Insane asylums Bombay 1873-77 - 1873-1877
Year: 1873
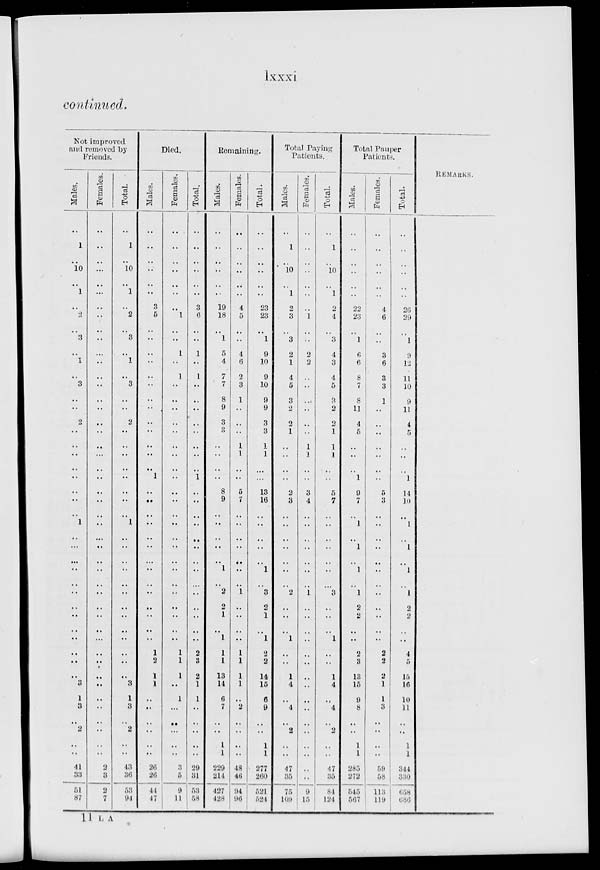
lxxxi
continued.
Not improved
and removed by
Friends.
Males.
..
1
..
10
..
1
..
2
..
3
..
1
..
3
..
..
2
..
..
..
..
..
..
..
..
1
..
..
..
..
..
..
..
..
..
..
..
..
..
3
1
3
.. 2
..
..
41
33
51
87
Females.
..
..
..
..
..
..
..
..
..
..
..
..
..
..
..
..
..
..
..
..
..
..
..
..
..
..
..
..
..
..
..
..
..
..
..
...
..
..
..
..
..
..
..
..
..
..
2
3
2
7
Total.
..
1
..
10
..
1
..
2
..
3
..
1
..
3
..
..
2
..
..
..
..
..
..
..
..
1
..
..
..
..
..
..
..
..
..
..
..
..
..
3
1
3
..
2
..
..
43
36
53
94
Died.
Males.
..
..
..
..
..
..
3
5
..
..
..
..
..
..
..
..
..
..
..
..
..
1
..
..
..
..
..
..
..
..
..
..
..
..
..
..
1
2
1
1
..
..
..
..
..
..
26
26
44
47
Females.
..
..
..
..
..
..
..
1
..
..
1
..
1
..
..
..
..
..
..
..
..
..
..
..
..
..
..
..
..
..
..
..
..
..
..
..
1
1
1
..
1
..
..
..
..
..
3
5
9
11
Total.
..
..
..
..
..
..
3
6
..
..
1
..
1
..
..
..
..
..
..
..
..
1
..
..
..
..
..
..
..
..
..
..
..
..
..
..
2
3
2
1
1
..
..
..
..
..
29
31
53
58
Remaining.
Males.
..
..
..
..
..
..
19
18
1
5
4
7
7
8
9
3
3
..
..
..
..
8
9
..
..
..
..
..
1
..
2
2
1
..
1
1
1
13
14
6
7
..
..
1
1
229
214
427
428
Females.
..
..
..
..
..
..
4
5
..
..
4
6
2
3
1
..
..
..
1
1
..
..
5
7
..
..
..
..
..
..
..
1
..
..
..
..
1
1
1
1
..
2
..
..
..
..
48
46
94
96
Total.
..
..
..
..
..
..
23
23
..
1
9
10
9
10
9
9
3
3
1
1
..
..
13
16
..
..
..
..
..
1
..
3
2
1
..
1
2
2
14
15
6
9
..
..
1
1
277
260
521
524
Total Paying
Patients.
Males.
..
1
..
10
..
1
2
3
..
3
2
1
4
5
3
2
2
1
..
..
..
..
2
3
..
..
..
..
..
..
..
2
..
..
..
1
..
..
1
4
..
4
..
2
..
..
47
35
75
109
Females.
..
..
..
..
..
..
..
1
..
..
2
2
..
..
..
..
..
..
1
1
..
..
3
4
..
..
..
..
..
..
..
1
..
..
..
..
..
..
..
..
..
..
..
..
..
..
..
..
9
15
Total.
..
1
..
10
..
1
2
4
..
3
4
3
4
5
3
2
2
1
1
1
..
..
5
7
..
..
..
..
..
..
..
3
..
..
..
1
..
..
1
4
..
4
.. 2
..
..
47
35
84
124
Total Pauper
Patients.
Males.
..
..
..
..
..
..
22
23
..
1
6
6
8
7
8
11
4
5
..
..
..
1
9
7
..
1
..
1
..
1
..
1
2
2
..
..
2
3
13
15
9
8
..
..
1
1
285
272
545
567
Females.
..
..
..
..
..
..
4
6
..
..
3
6
3
3
1
..
..
..
..
..
..
..
5
3
..
..
..
..
..
..
..
..
..
..
..
..
2
2
2
1
1
3
..
..
..
..
59
58
113
119
Total.
..
..
..
..
..
..
26
29
..
1
9
12
11
10
9
11
4
5
..
..
..
1
14
10
..
1
..
1
..
1
..
1
2
2
..
..
4
5
15
16
10
11
..
..
1
1
344
330
658
686
REMARKS.
11 L A